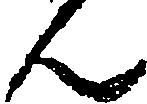
ん